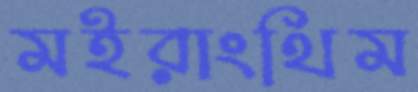
মইরাংথিম